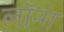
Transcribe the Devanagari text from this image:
लॉन्‍ग